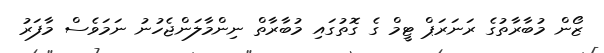
ޒޯން މުބާރާތުގެ ރަނަރަޕް ޓީމް ގެ ގޮތުގައި މުބާރާތް ނިންމާލަންޖެހުނު ނަމަވެސް މާފަރު